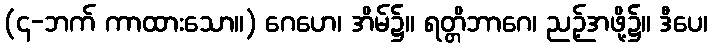
(၄-ဘက် ကာထားသော။) ဂေဟေ၊ အိမ်၌။ ရတ္တိဘာဂေ၊ ညဉ့်အဖို့၌။ ဒီပေ၊